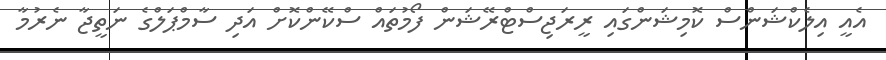
އެއީ އިލެކްޝަންސް ކޮމިޝަންގައި ރީރަޖިސްޓްރޭޝަން ފޯމުތައް ސްކޭންކޮށް އަދި ސާމްޕަލްގެ ނަތީޖާ ނެރުމާ